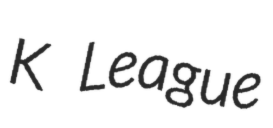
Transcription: K League